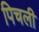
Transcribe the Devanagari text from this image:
पिचली